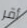
أقر